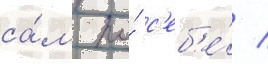
са́м по́ с'еб'е́ /